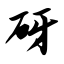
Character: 砑